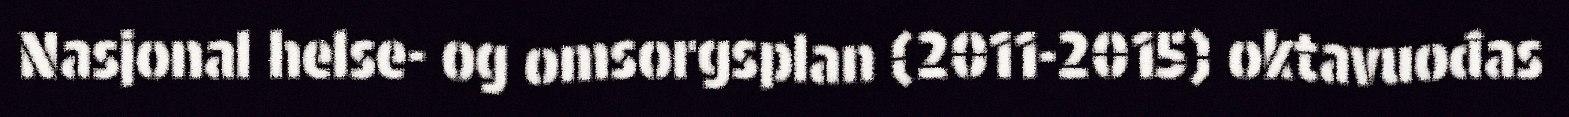
Nasjonal helse- og omsorgsplan (2011-2015) oktavuođas